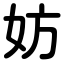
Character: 妨